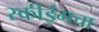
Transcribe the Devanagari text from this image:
स्कीइंगचा